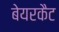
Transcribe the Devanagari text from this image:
बेयरकैट